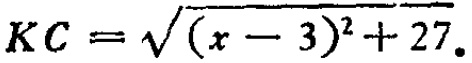
\[KC = \sqrt{(x - 3)^2 + 27}.\]